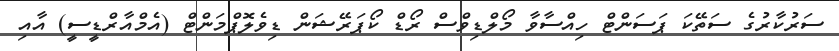
ސަރުކާރުގެ ސަތޭކަ ޕަސަންޓް ހިއްސާވާ މޯލްޑިވްސް ރޯޑް ކޯޕަރޭޝަން ޑިވެލޮޕްމަންޓް (އެމްއާރްޑީސީ) އާއި